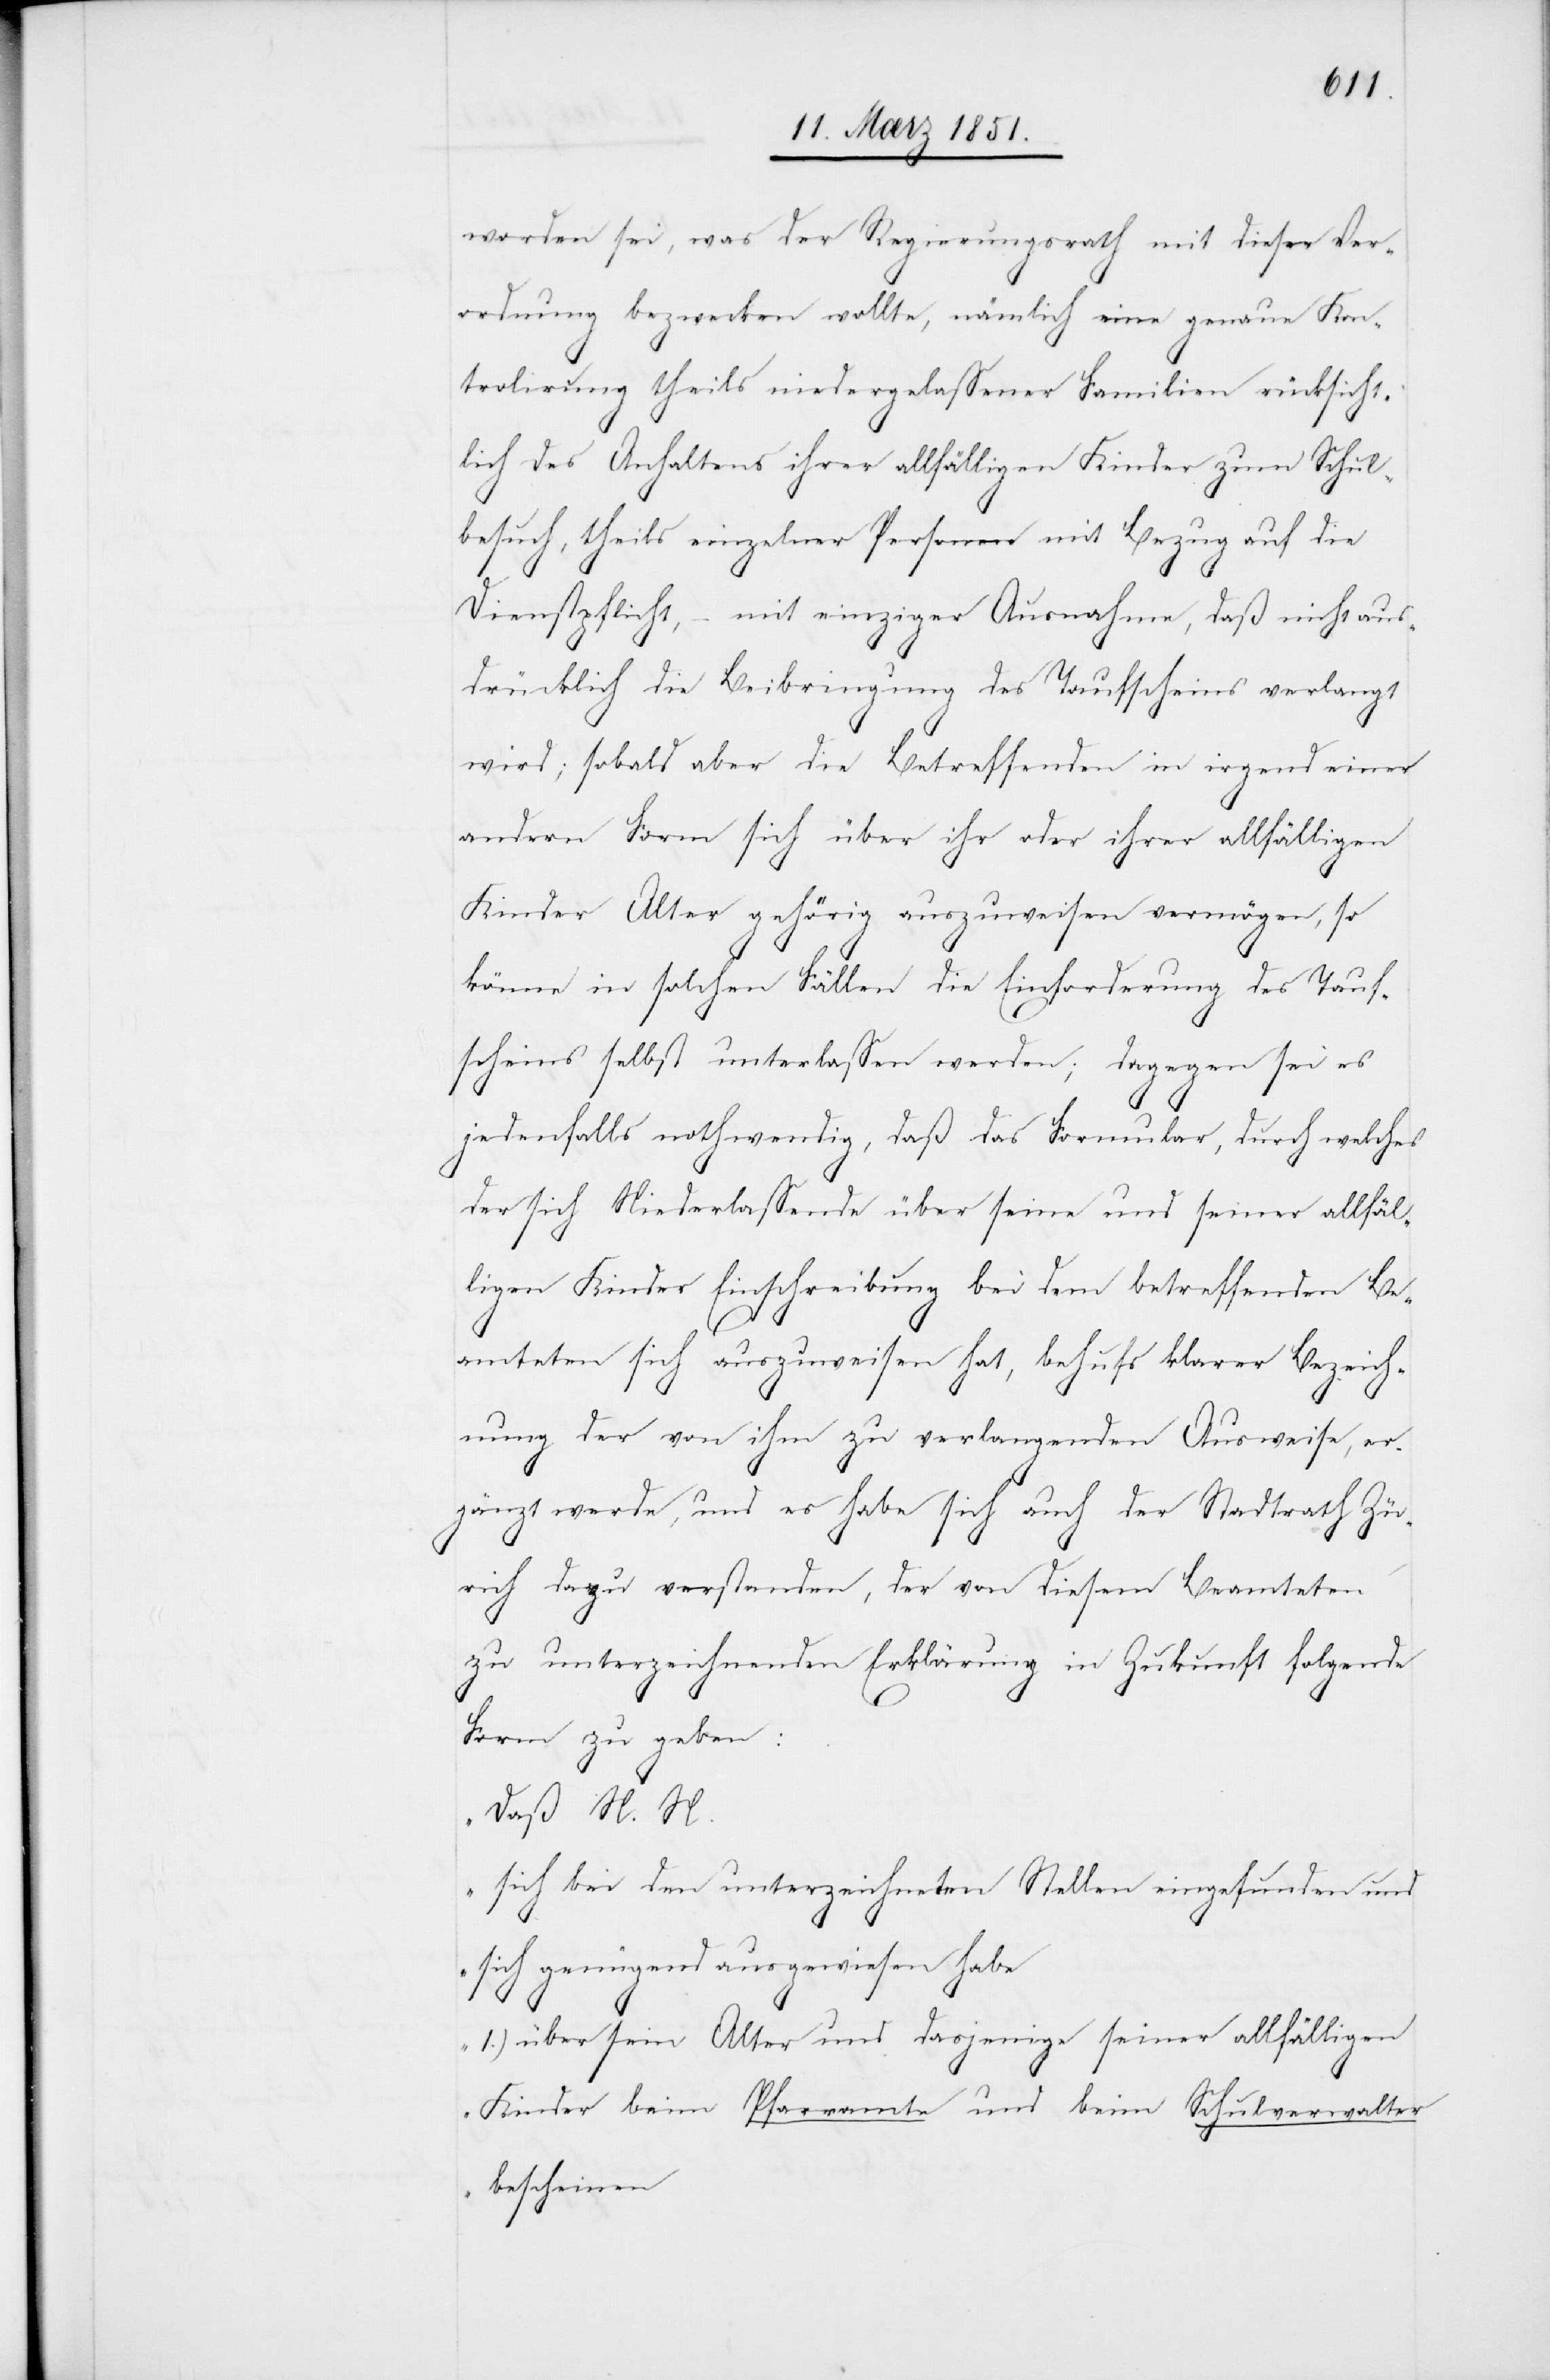
worden sei, was der Regierungsrath mit dieser Ver¬
ordnung bezwecken wollte, nämlich eine genaue Kon¬
trolirung theils niedergelassener Familien rücksicht¬
lich des Anhaltens ihrer allfälligen Kinder zum Schul¬
besuch, theils einzelner Personen mit Bezug auf die
Dienstpflicht, – mit einziger Ausnahme, daß nicht aus¬
drücklich die Beibringung des Taufscheins verlangt
wird; sobald aber die Betreffenden in irgend einer
andern Form sich über ihr oder ihrer allfälligen
Kinder Alter gehörig auszuweisen vermögen, so
könne in solchen Fällen die Einforderung des Tauf¬
scheins selbst unterlassen werden; dagegen sei es
jedenfalls nothwendig, daß das Formular, durch welches
der sich Niederlassende über seine und seiner allfäl¬
ligen Kinder Einschreibung bei dem betreffenden Be¬
amteten sich auszuweisen hat, behufs klarer Bezeich¬
nung der von ihm zu verlangenden Ausweise, er¬
gänzt werde, und es habe sich auch der Stadtrath Zü¬
rich dazu verstanden, der von diesem Beamteten
zu unterzeichnenden Erklärung in Zukunft folgende
Form zu geben:
„Daß N. N.
sich bei den unterzeichneten Stellen eingefunden und
sich genügend ausgewiesen habe
1.) über sein Alter und dasjenige seiner allfälligen
Kinder beim Pfarramte und beim Schulverwalter
bescheinen